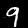
Label: 9